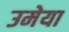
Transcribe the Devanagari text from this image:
उमेया